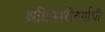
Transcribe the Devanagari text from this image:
अधिकारीवर्गाची